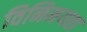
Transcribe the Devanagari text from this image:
विनिमयता